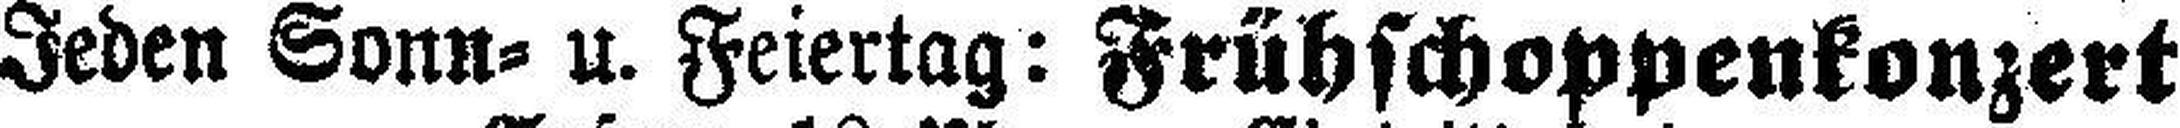
Jeden Sonn= u. Feiertag: Frühschoppenkonzert